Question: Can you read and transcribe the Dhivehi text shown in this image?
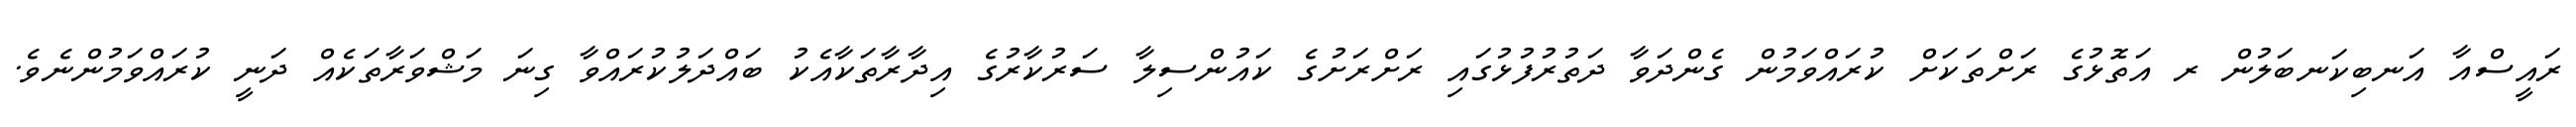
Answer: ރައީސްއާ އަނބިކަނބަލުން ރ އަތޮޅުގެ ރަށްތަކަށް ކުރައްވަމުން ގެންދަވާ ދަތުރުފުޅުގައި ރަށްރަށުގެ ކައުންސިލާ ސަރުކާރުގެ އިދާރާތަކާއެކު ބައްދަލުކުރައްވާ ގިނަ މަޝްވަރާތަކެއް ދަނީ ކުރައްވަމުންނެވެ.